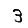
Digit: 3